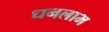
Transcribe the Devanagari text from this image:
धनलाभ